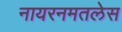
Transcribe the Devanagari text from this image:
नायरनमतलेस